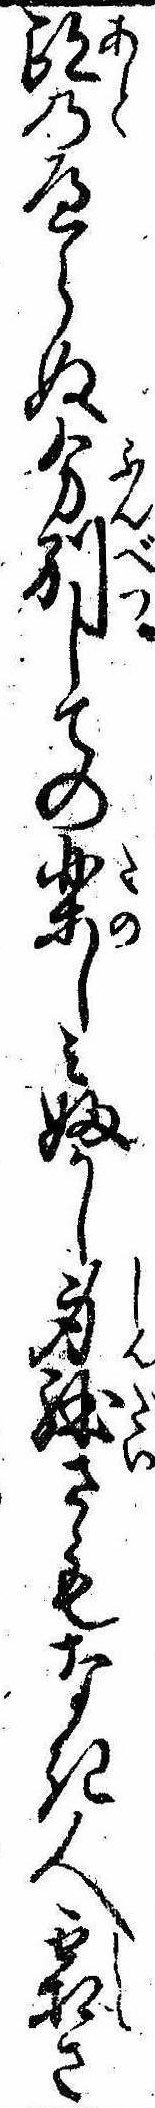
跡のへらぬ分別しての楽しみふかし身体さもなき人霜さ